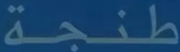
طنجة